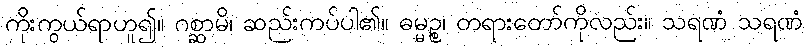
ကိုးကွယ်ရာဟူ၍။ ဂစ္ဆာမိ၊ ဆည်းကပ်ပါ၏။ ဓမ္မဉ္စ၊ တရားတော်ကိုလည်း။ သရဏံ သရဏံ